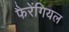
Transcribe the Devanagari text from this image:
फैरेंगियल